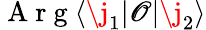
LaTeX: \mathrm{~A~r~g~}\langle\j_{1}\lvert\mathscr{O}\lvert\j_{2}\rangle